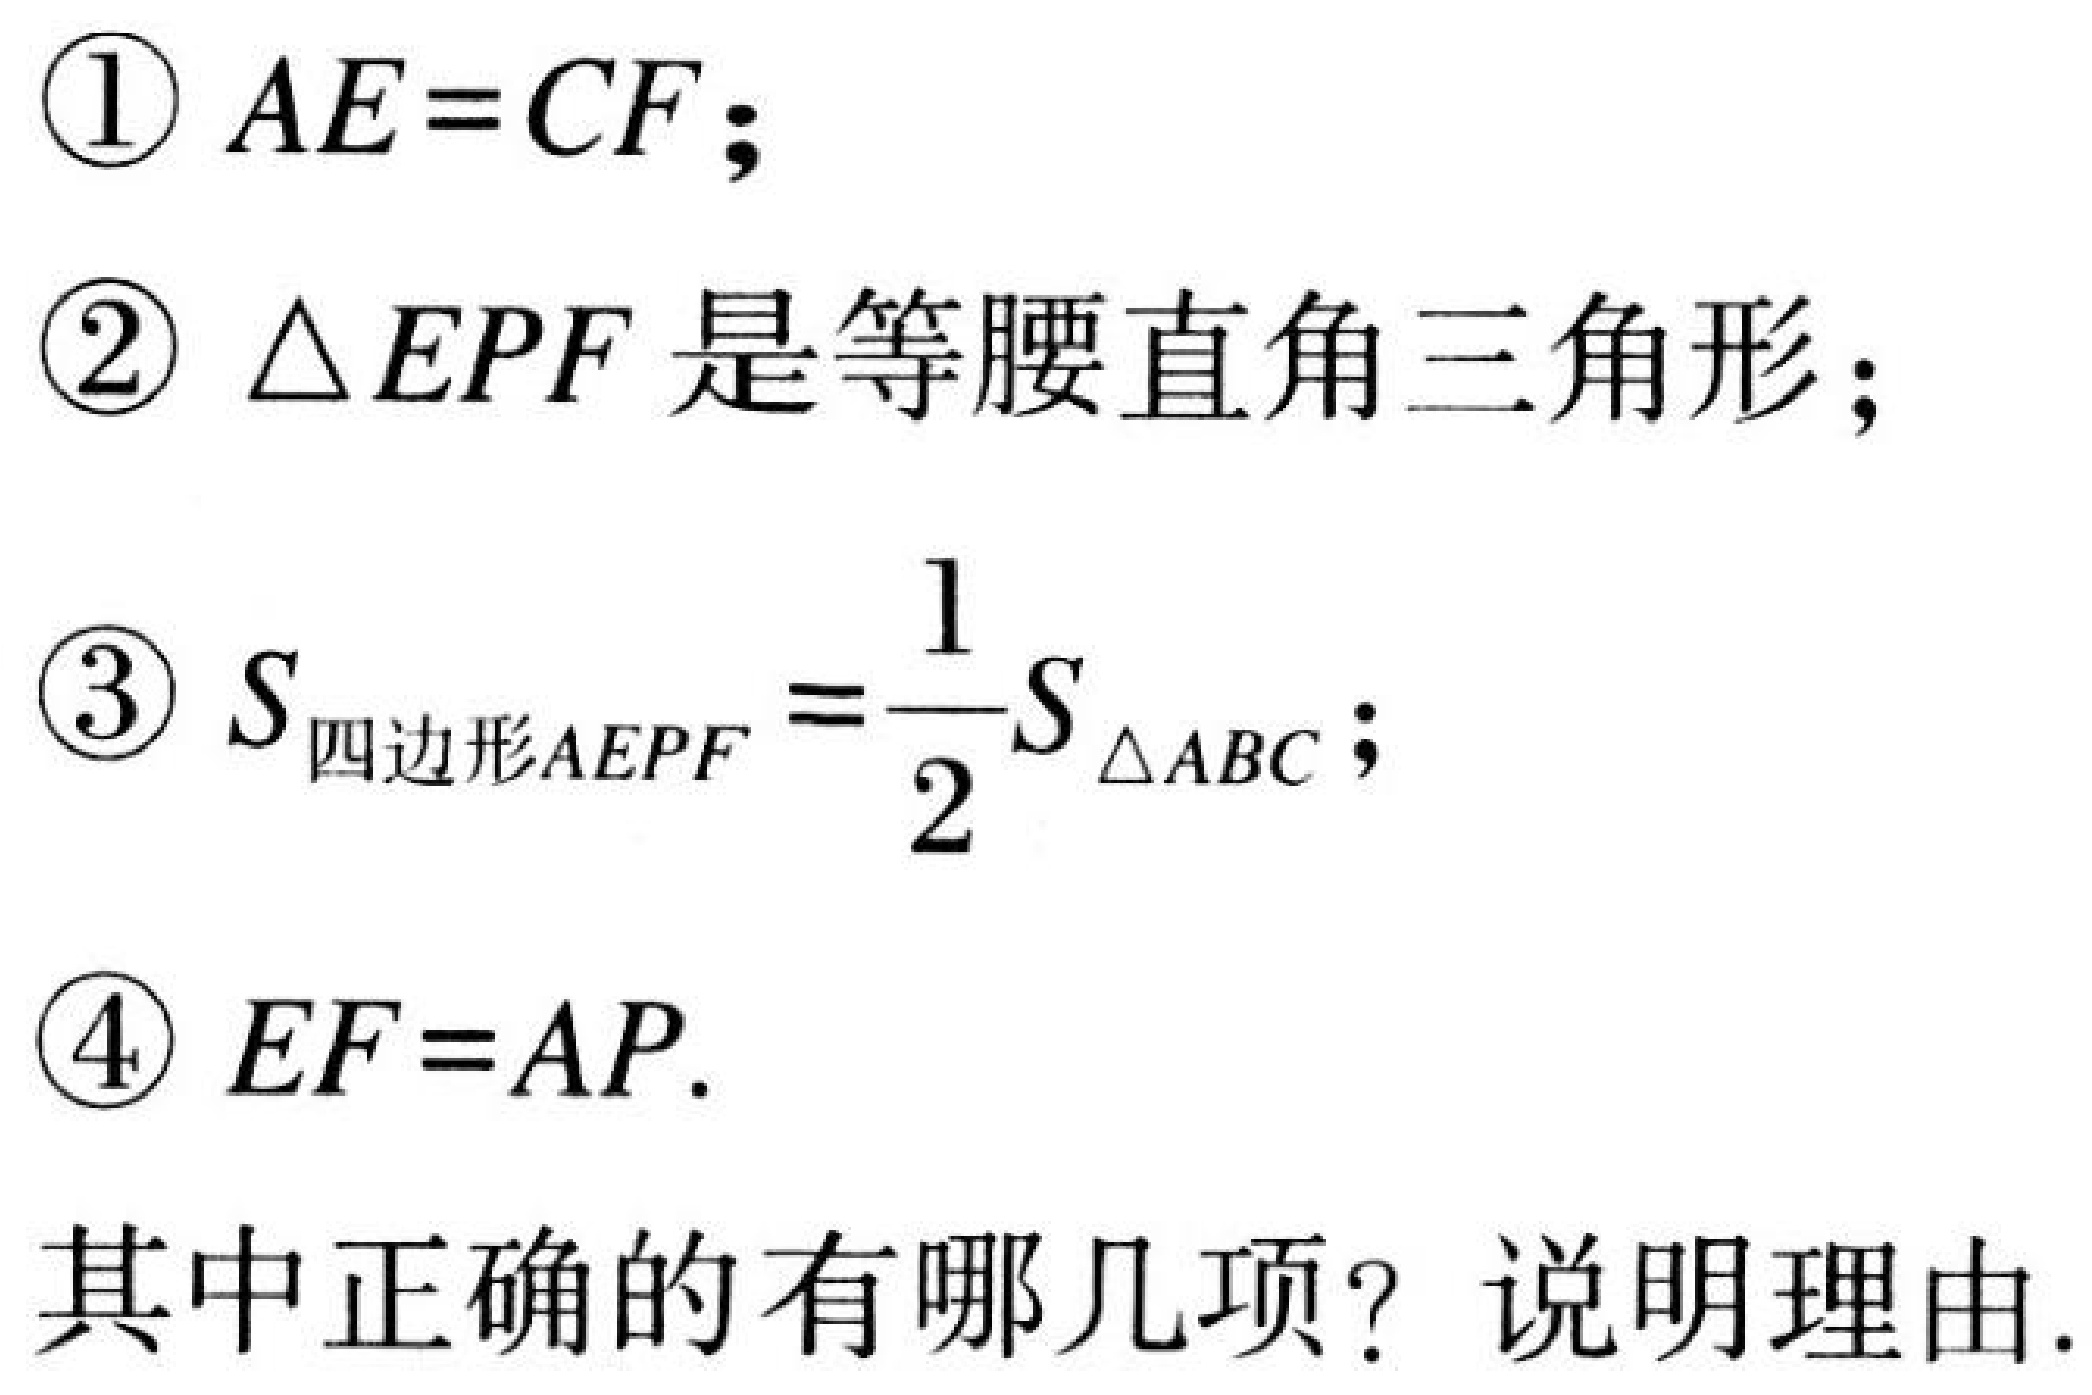
\textcircled{1} \(AE = CF\)；
\textcircled{2} \(\triangle EPF\) 是等腰直角三角形；
\textcircled{3} \(S_{四边形AEPF}=\dfrac{1}{2}S_{\triangle ABC}\)；
\textcircled{4} \(EF = AP\).
其中正确的有哪几项？说明理由.